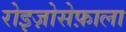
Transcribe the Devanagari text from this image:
रोइज़ोसेफ़ाला